Annual returns of the Patna Lunatic Asylum at Bankipore in Bihar and Orissa - 1912-1924
Year: 1912
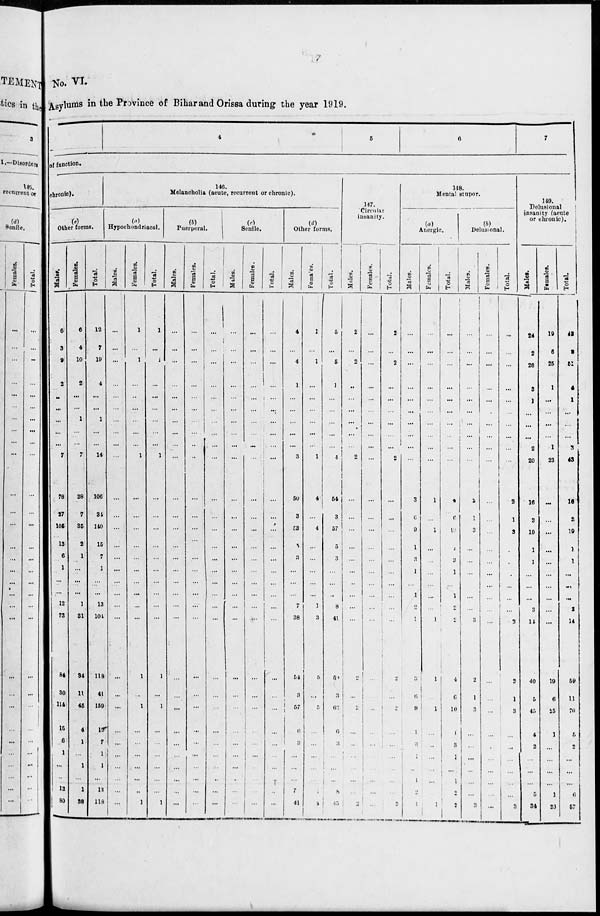
No. VI.
Asylums in the Province of Bihar and Orissa during the year 1919.
4
5
6
7
of function.
chronic).
(e)
Other forms.
Males.
6
3
9
2
...
...
...
...
...
7
78
27
105
13
6
1
...
...
12
73
84
30
114
15
6
1
...
...
12
80
Females.
6
4
10
2
...
...
1
...
...
7
28
7
35
2
1
...
...
...
1
31
34
11
45
4
1
...
1
...
1
38
Total.
12
7
19
4
...
...
1
...
...
14
106
34
140
15
7
1
...
...
13
104
118
41
159
19
7
1
1
...
13
118
146.
Melancholia (acute, recurrent or chronic).
(a)
Hypochondriacal.
Males.
...
...
...
...
...
...
...
...
...
...
...
...
...
...
...
...
...
...
...
...
...
...
...
...
...
...
...
...
...
...
Females.
1
...
1
...
...
...
...
...
...
1
...
...
...
...
...
...
...
...
...
...
1
...
1
...
...
...
...
...
..
1
Total.
1
...
1
...
...
...
...
...
...
1
...
...
...
...
...
...
...
...
...
...
1
...
1
...
...
...
...
...
...
1
(b)
Puerperal.
Males.
...
...
...
...
...
...
...
...
...
...
...
...
...
...
...
...
...
...
...
...
...
...
...
...
...
...
...
...
...
...
Females.
...
...
...
...
...
...
...
...
...
...
...
...
...
...
...
...
...
...
...
...
...
...
...
...
...
...
...
...
...
...
Total.
...
...
...
...
...
...
...
...
...
...
...
...
...
...
...
...
...
...
...
...
...
...
...
...
...
...
...
...
...
...
(c)
Senile.
Males.
...
...
...
...
...
...
...
...
...
...
...
...
...
...
...
...
...
...
...
...
...
...
...
...
...
...
...
...
...
...
Females.
...
...
...
...
...
...
...
...
...
...
...
...
...
...
...
...
...
...
...
...
...
...
...
...
...
...
...
...
...
...
Total.
...
...
...
...
...
...
...
...
...
...
...
...
...
...
...
...
...
...
...
...
...
...
...
...
...
...
...
...
...
...
(d)
Other forms.
Males.
4
...
4
1
...
...
...
...
...
3
50
3
53
5
3
...
...
...
7
38
54
3
57
6
3
...
...
...
7
41
Females.
1
...
1
...
...
...
...
...
...
1
4
...
4
...
...
...
...
...
1
3
5
...
5
...
...
...
...
...
1
4
Total.
5
...
5
1
...
...
...
... ...
4
54
3
57
5
3
...
...
...
8
41
51
3
62
6
3
...
...
...
8
45
147.
Circular
insanity.
Males.
2
...
2
...
...
...
...
...
...
2
...
...
...
...
...
...
...
...
...
...
2
...
2
...
...
...
...
...
...
2
Females.
...
...
...
...
...
...
...
...
...
...
...
...
...
...
...
...
...
...
...
...
...
...
...
...
...
...
...
...
...
...
Total.
2
...
2
...
...
...
...
... ...
2
...
...
...
...
...
...
...
...
...
...
2
...
2
...
...
...
...
...
...
2
148.
Mental stupor.
(a)
Anergic.
Males.
...
...
...
...
...
...
...
...
...
...
3
6
9
1
3
1
...
1
2
1
3
6
9
1
3
1
...
1
2
1
Females.
...
...
...
...
...
...
...
...
...
...
1
...
1
...
...
...
...
...
...
1
1
...
1
...
...
...
...
...
...
1
Total.
...
...
...
...
...
...
...
...
...
...
4
6
10
1
3
1
...
1
2
2
4
6
10
1
3
1
...
1
2
2
(b)
Delusional.
Males.
...
...
...
...
...
...
...
...
...
...
2
1
3
...
...
...
...
...
...
3
2
1
3
...
...
...
...
...
...
3
Females.
...
...
...
...
...
...
...
...
...
...
...
...
...
...
...
...
...
...
...
...
...
...
...
...
...
...
...
...
...
...
Total.
...
...
...
...
...
...
...
... ...
...
2
1
3
...
...
...
....
...
...
3
2
1
3
...
...
...
...
...
...
3
149.
Delusional
insanity (acute
or chronic).
Males.
24
2
26
3
1
...
...
...
2
20
16
3
19
1
1
...
...
...
3
14
40
5
45
4
2
...
...
...
5
34
Females.
19
6
25
1
...
...
...
...
1
23
...
...
...
...
...
...
...
...
...
...
19
6
25
1
...
...
...
...
1
23
Total.
43
8
51
4
1
...
...
...
3
43
16
3
19
1
1
...
...
...
3
14
59
11
70
5
2
...
...
...
6
57